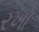
રખો